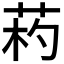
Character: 𦯪